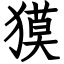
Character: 獏